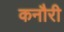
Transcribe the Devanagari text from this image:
कनौरी